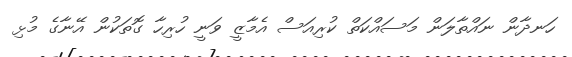
ހަނދާން ނައްތާލަން މަސައްކަތް ކުރިއަސް އެމާޒީ ވަނީ ހުރިހާ ގޮތަކުން އޭނާގެ މުޅި